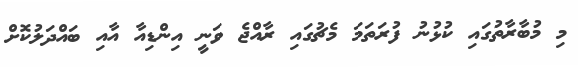
މި މުބާރާތުގައި ކުޅުނު ފުރަތަމަ މެޗުގައި ރާއްޖެ ވަނީ އިންޑިއާ އާއި ބައްދަލުކޮށް